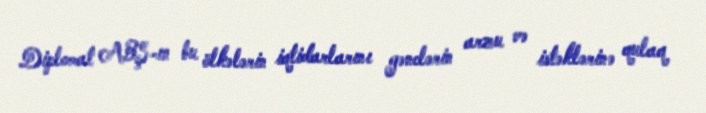
Diplomat ABŞ-ın bu ölkələrin iqtidarlarını gənclərin arzu və istəklərinə qulaq